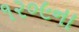
૧૨૦૯ના